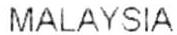
MALAYSIA